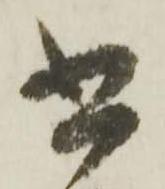
書